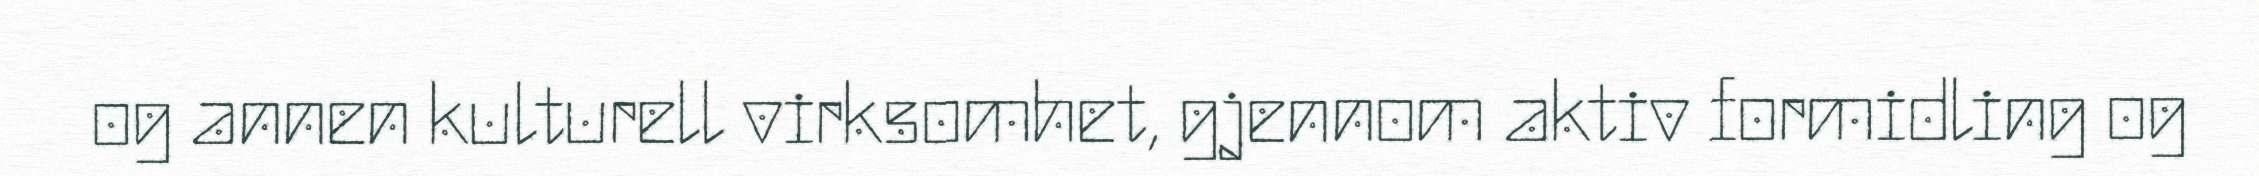
og annen kulturell virksomhet, gjennom aktiv formidling og